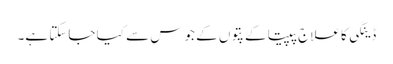
ڈینگی کا علاج پپیتا کے پتوں کے جوس سے کیا جاسکتا ہے۔